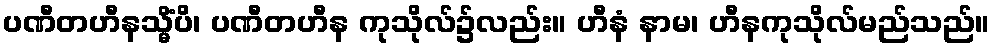
ပဏီတဟီနသ္မိံပိ၊ ပဏီတဟီန ကုသိုလ်၌လည်း။ ဟီနံ နာမ၊ ဟီနကုသိုလ်မည်သည်။